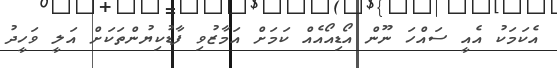
އެކަމަކު އެއީ ސައްހަ ނޫން އޯޑިއޯއެއް ކަމަށް އަމާޒުވި ފާޑުކިޔުންތަކަށް އަލީ ވަހީދު